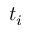
t _ { i }